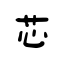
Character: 芯